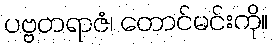
ပဗ္ဗတရာဇံ၊ တောင်မင်းကို။